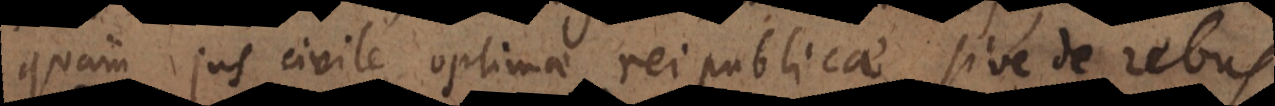
quam jus civile optimae reipublicae sive de rebus